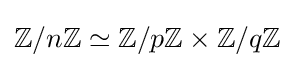
\mathbb {Z} /n\mathbb {Z} \simeq \mathbb {Z} /p\mathbb {Z} \times \mathbb {Z} /q\mathbb {Z}